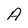
Character: A